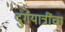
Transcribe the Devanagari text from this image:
दुर्गयात्रींचा